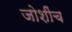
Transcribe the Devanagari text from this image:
जोशींच